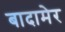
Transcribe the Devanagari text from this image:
बादामेर